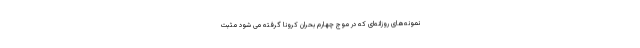
نمونه‌های روزانه‌ای که در موج چهارم بحران کرونا گرفته می شود مثبت